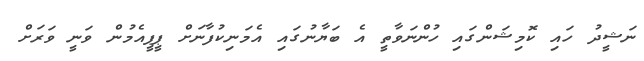
ނަޝީދު ހައި ކޮމިޝަންގައި ހުންނަވާތީ އެ ބަޔާނުގައި އެމަނިކުފާނަށް ޕީޕީއެމުން ވަނީ ވަރަށް